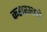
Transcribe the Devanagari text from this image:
करारमध्ये